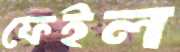
ফেইল